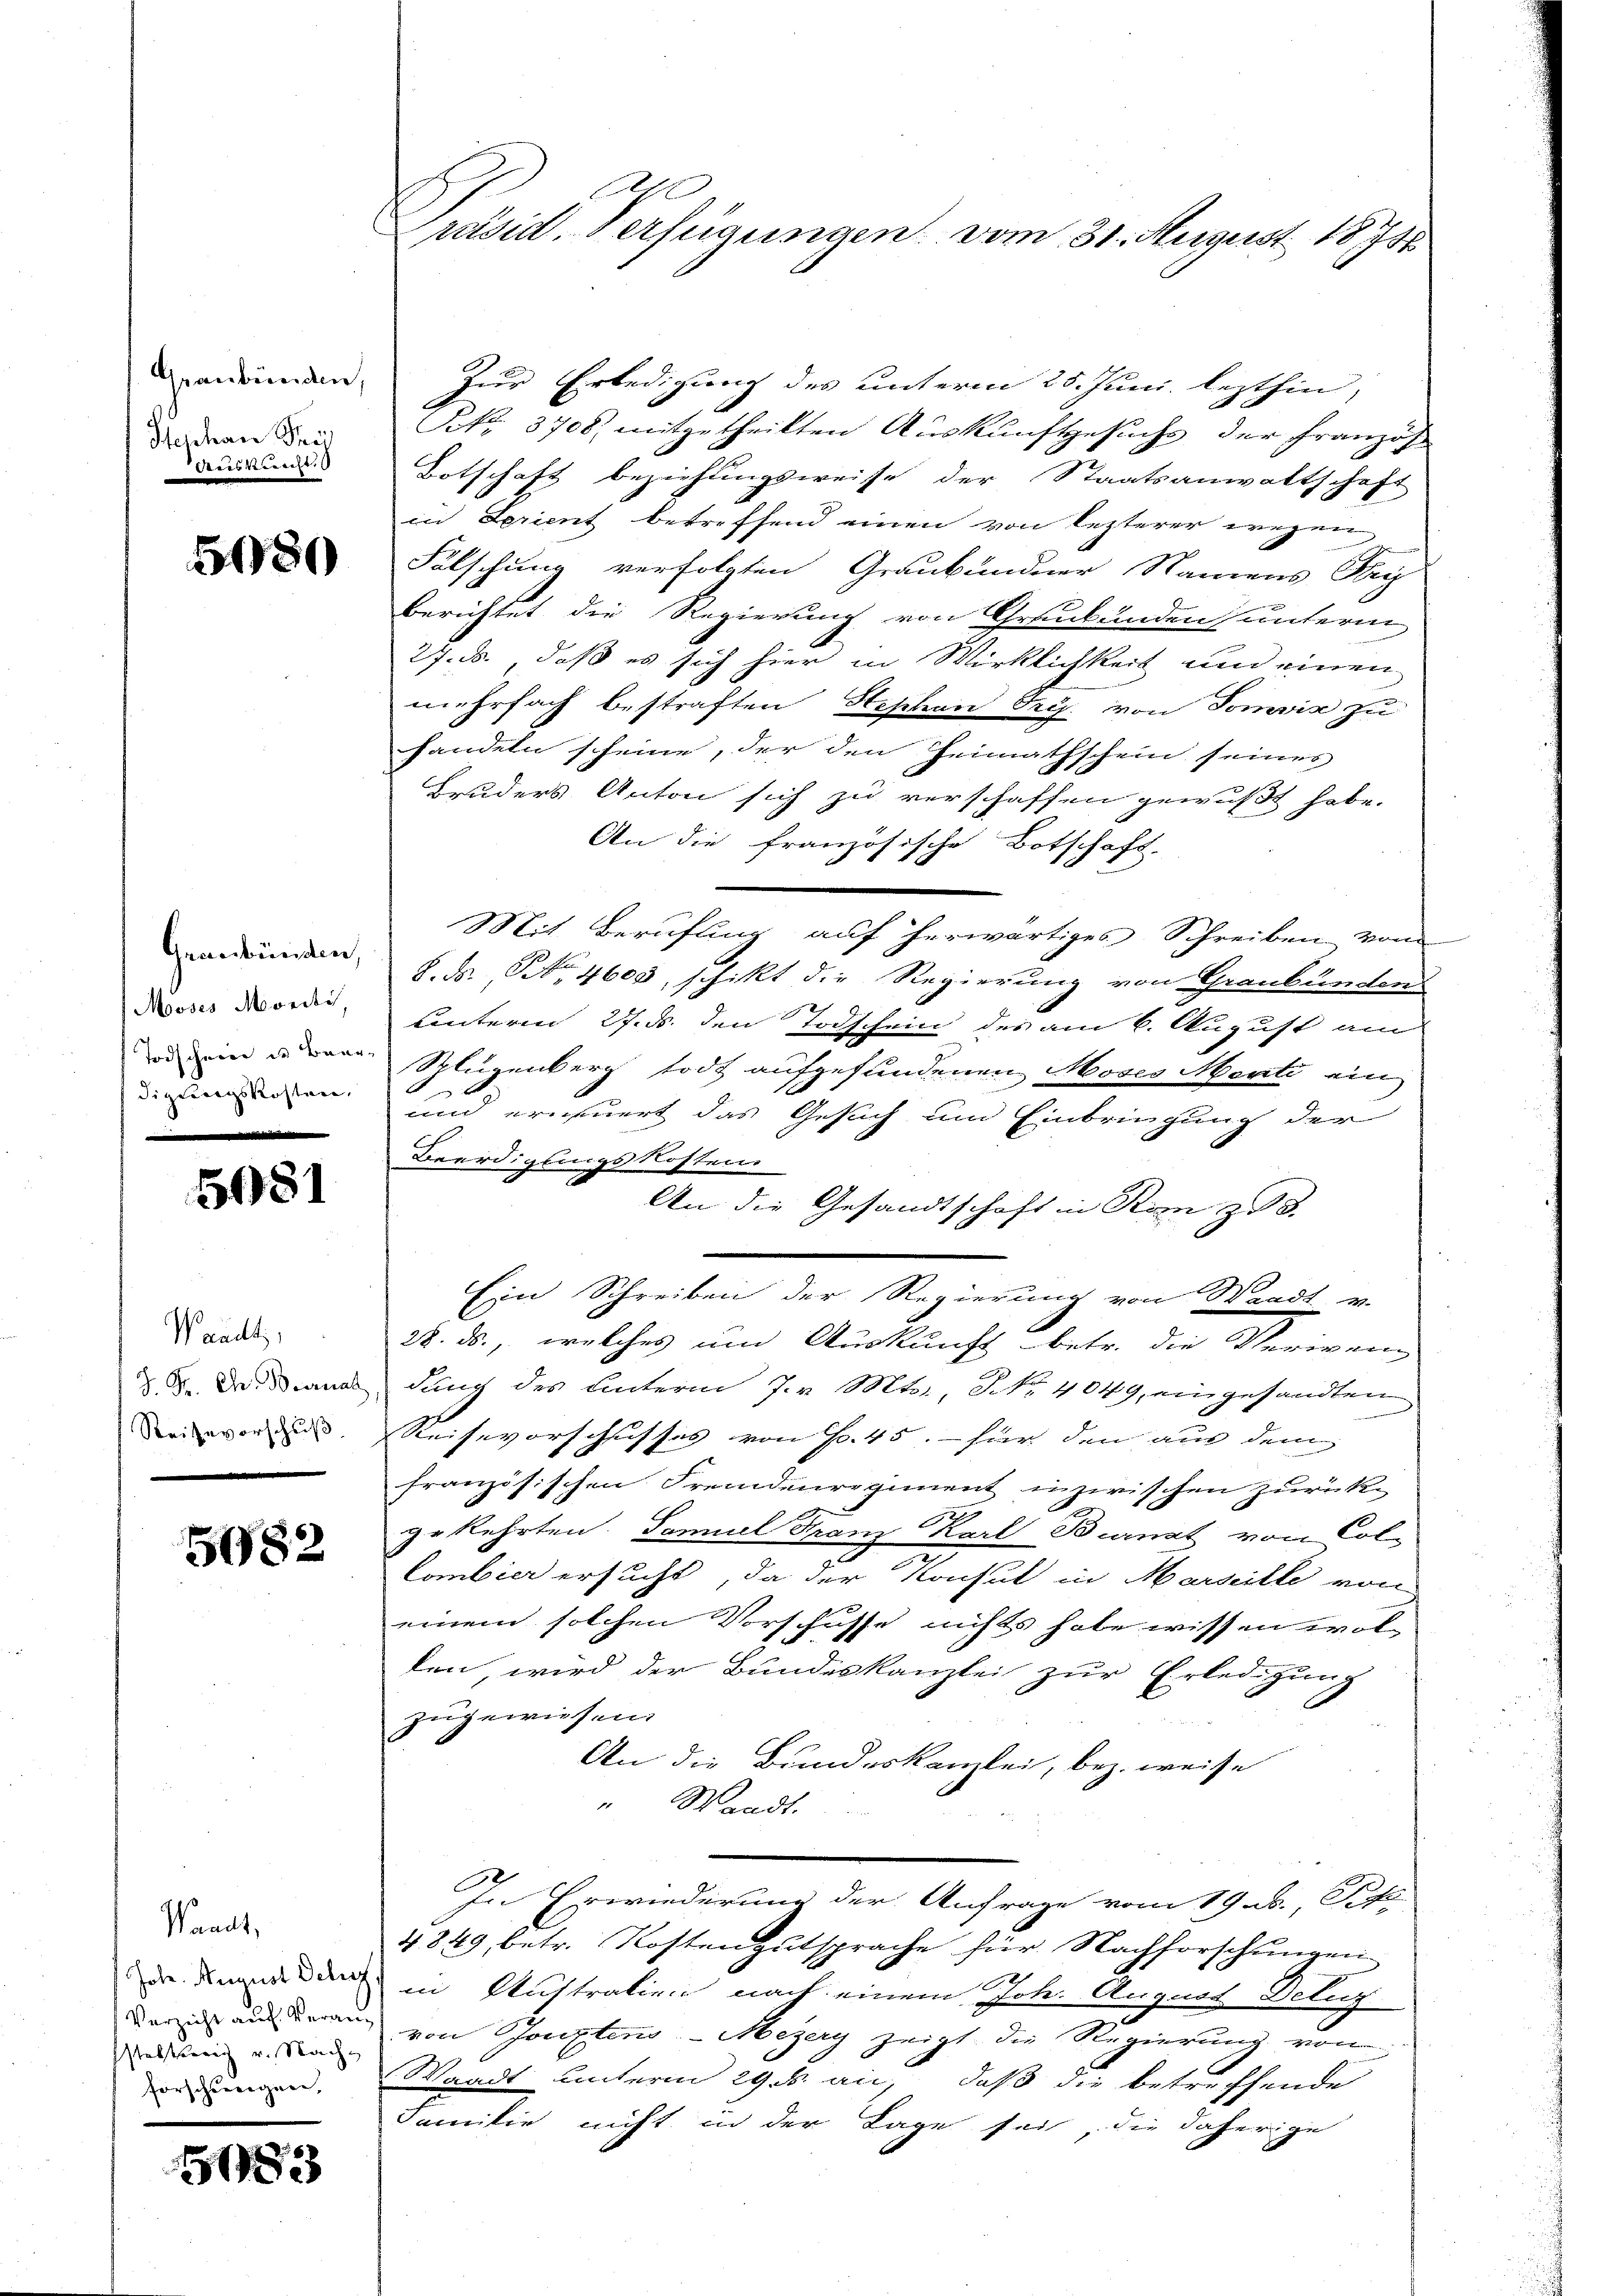
Graubünden,
Stephan Thei
Beeskerecht

5180

Graubünden,
Mooses Mordti
Todscheier in Baardigungskosten,

5081

Waadt,
J. Fr. Chr. Boernat
Reisevorschuß

5082

Waadt,
habe. August delig
Verzicht auf Veranstaltung und Nach
forschswegen,

183

B
räsid. Verfügungen vom 31. August 18736

Zur Erledigung des unterm 25. Juni lezthin,
NNo. 3708, mitgetheilten Auskunftgesuchs der Französ
Totschaft beziehungsweise der Staatsanwaltschaft
in Serient betreffend einen von lezterer wegen
Fälschung verfolgten Graubündner Namens Frey
berichtet die Regierung von Grenkunden unterm
27. ds., daß es sich hier in Wirklichkeit und einen
mehrfach bestraften Hephan Org. von Tomvise zu
handeln scheine, der den Heimathschein seines
Bruders Anton sich zu verschaffen gewußt habe.
An die französische Botschaft.
Mit Berufung auf herwärtiges Schreiben von
8. ds., Nr. 4600, schikt die Regierung von Graubündens
unterm 27. ds. den Todschein des am 6. August am
Slugenberg todt aufgefundenen Moses Menti ein
1
und erneuert das Gesuch um Einbringung der
Beerdigungskosten
An die Gesandtschaft in Rom z. B.
Ein Schreiben der Regierung von Waadt v.
28. ds., welches um Auskunft betr. die Verieng
dung des Unterm 7. v. Mts. NNo. 4049, eingesandten
Reisevorschusses von Fr. 45. - für den aus dem
französischen Fremdenregiment inzwischen zurück-
g
gekehrten. Samuel Franz Karl Brannt von Col-
Combier ersucht, da der Konsul in Marseille von
einem solchen Vorschusse nichts habe wissen wollen, wird der Bundeskanzlei zur Erledigung
zugewiesen.
An die Bundeskanzlei, bez. weise
" Waadt.
In Erwiederung der Anfrage vom 19. d. Pfi
4849, betr. Kostengutsprache für Nachforschungen
in Austration nach einem Joh. August Detur
von Jouxtens Mezery zeigt die Regierung von
Waadt unterm 29.s. an, daß die betreffende
Familie nicht in der Lage sei, die daherige